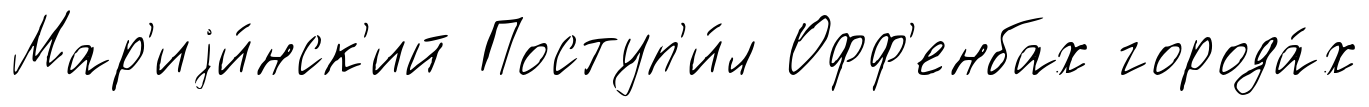
Мар'иjи́нск'ий Поступ'и́л Офф'енбах города́х